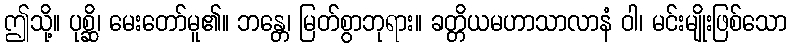
ဤသို့။ ပုစ္ဆိ၊ မေးတော်မူ၏။ ဘန္တေ၊ မြတ်စွာဘုရား။ ခတ္တိယမဟာသာလာနံ ဝါ၊ မင်းမျိုးဖြစ်သော